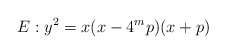
\begin{align*} E : y^{2} = x(x-4^{m}p)(x+p)\end{align*}